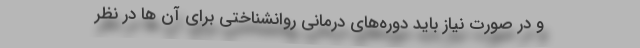
و در صورت نیاز باید دوره‌های درمانی روانشناختی برای آن ‌ها در نظر